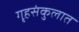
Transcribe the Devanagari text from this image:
गृहसंकुलात